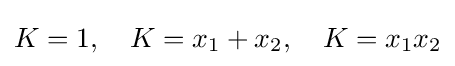
K=1,\quad K=x_{1}+x_{2},\quad K=x_{1}x_{2}